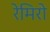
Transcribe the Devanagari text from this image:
रेमिरो